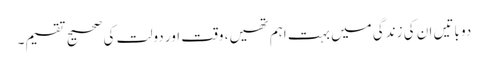
دو باتیں ان کی زندگی میں بہت اہم تھیں، وقت اور دولت کی صحیح تقسیم۔